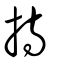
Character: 持